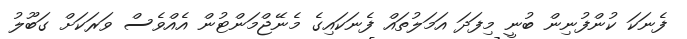
ފެނަކަ ކުންފުނިން ބުނީ މިފަދަ އަމަލުތައް ފެނަކައިގެ މެނޭޖްމަންޓުން އެއްވެސް ވަރަކަށް ގަބޫލު